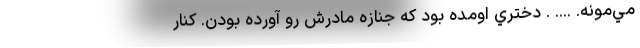
مي‌مونه. .... . دختري اومده بود كه جنازه مادرش رو آورده بودن. كنار